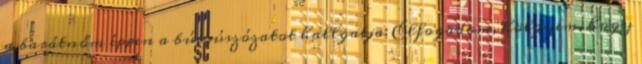
a barátnőm éppen a búcsúszózatot hallgatja: Elfogadom, hölgyem, hogy